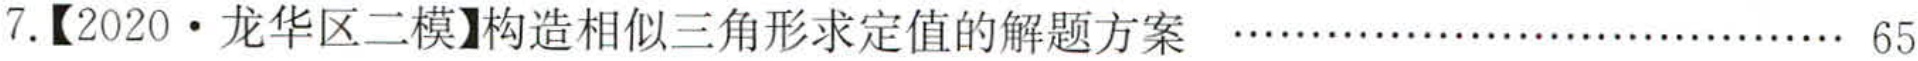
7.【2020·龙华区二模】构造相似三角形求定值的解题方案  ………………………………… 65